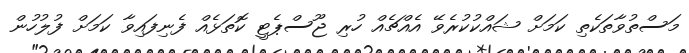
މަސްތުވާތަކެތި ކަމަށް ޝައްކުކުރެވޭ އެއްޗެއް ހުރި ޖޫސްޕެޓީ ކޮތަޅެއް ފެނިފައިވާ ކަމަށް ފުލުހުން